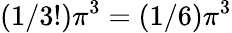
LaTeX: (1/3!)\pi^{3}=(1/6)\pi^{3}